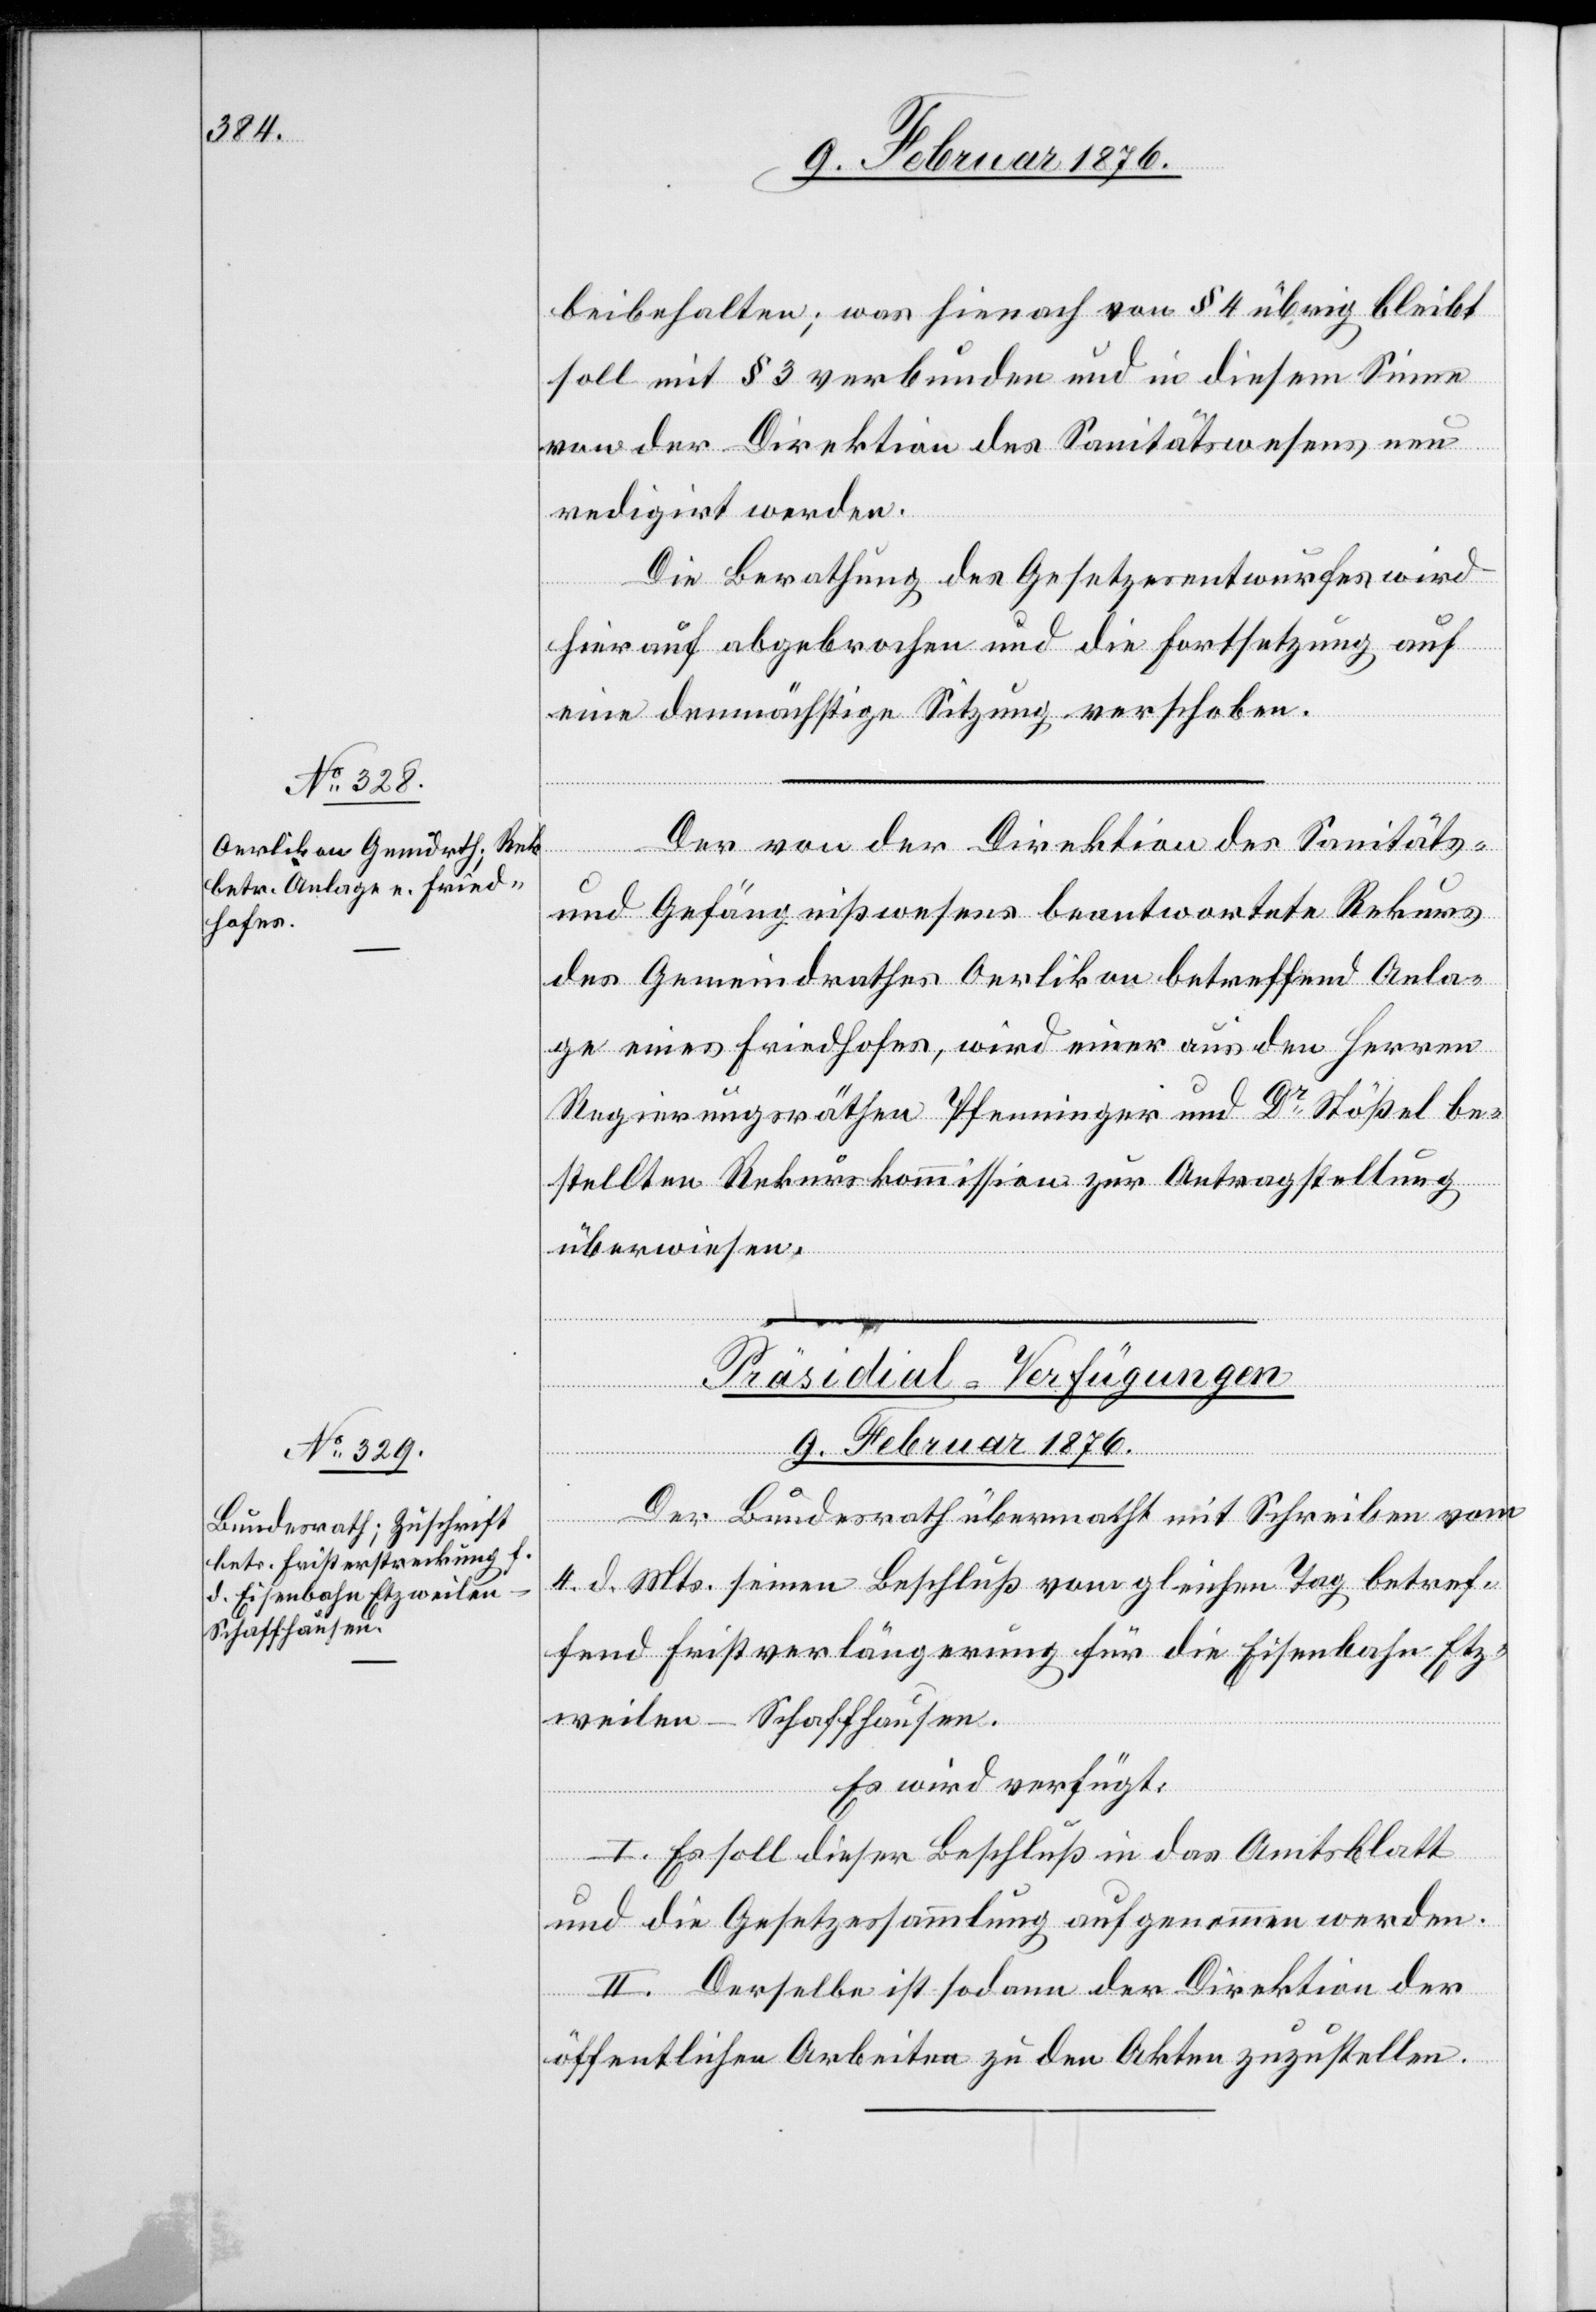
beibehalten; was hierauf von § 4 übrig bleibt
soll mit § 3 verbunden und in diesem Sinne
von der Direktion des Sanitätswesens neu
redigirt werden.
Die Berathung des Gesetzesentwurfes wir
hierauf abgebrochen und die Fortsetzung auf
eine demnächstige Sitzung verschoben.
Der von der Direktion des Sanitäts-
und Gefängnißwesens beantwortete Rekurs
des Gemeindrathes Oerlikon betreffend Anla¬
ge eines Friedhofes, wird einer aus den Herren
Regierungsräthen Pfenninger und Dr Stößel be¬
stellten Rekurskommission zur Antragstellung
überwiesen.
Präsidial-Verfügungen.
9. Februar 1876.
Der Bundesrath übermacht mit Schreiben vom
4. d. Mts. seinen Beschluß vom gleichen Tag betref¬
fend Fristverlängerung für die Eisenbahn Etz¬
weilen–Schaffhausen.
Es wird verfügt:
1. Es soll dieser Beschluß in das Amtsblatt
und die Gesetzessammlung aufgenommen werden.
II. Derselbe ist sodann der Direktion der
öffentlichen Arbeiten zu den Akten zuzustellen.